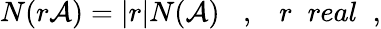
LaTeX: N(r{\cal A})=\vert r\vert N({\cal A})\; \; \; ,\; \; \; r\; \; real\; \; ,